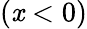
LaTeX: (\mathit{x}<0)